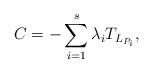
LaTeX: \begin{align*}C = - \sum_{i = 1}^s \lambda_i T_{ L_{ P_i } },\end{align*}